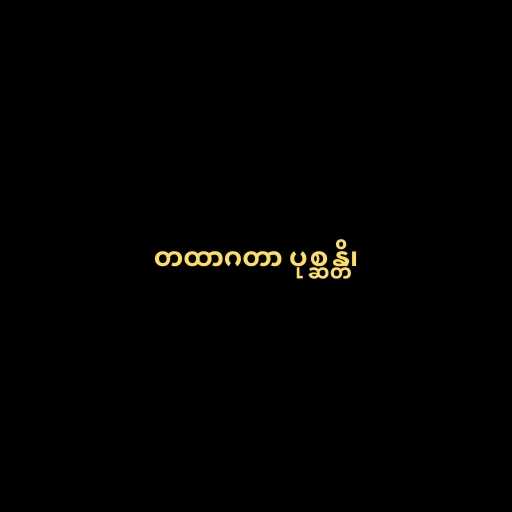
တထာဂတာ ပုစ္ဆန္တိ၊